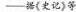
——据《史记》等